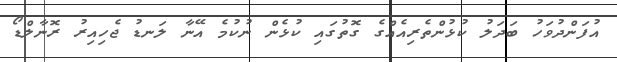
އުފަންދުވަހު ބަދަލު ކުޅުންތެރިއެއްގެ ގޮތުގައި ކުޅެން ނުކުމެ އޭނާ ލަނޑު ޖެހިއިރު ރޮނާލްޑޯ